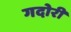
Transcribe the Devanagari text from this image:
गदोरी